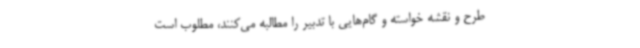
طرح و نقشه خواسته و گام‌هایی با تدبیر را مطالبه می‌کنند، مطلوب است